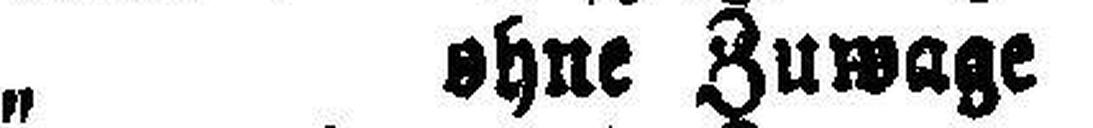
„ ohne Zuwage